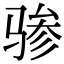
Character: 骖